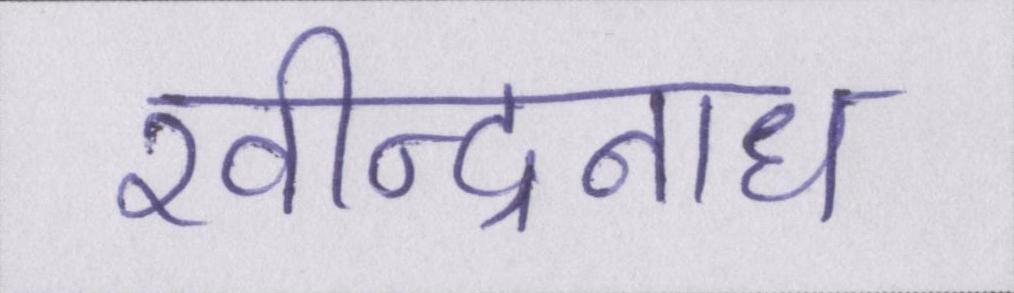
रवीन्द्रनाथ